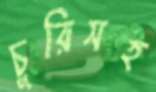
চুরিসহ